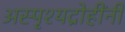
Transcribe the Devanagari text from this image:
अस्पृश्यद्रोहींनी